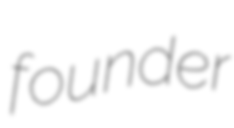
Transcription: founder